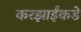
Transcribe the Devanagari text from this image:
करझाईंकडे